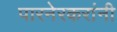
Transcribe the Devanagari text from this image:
पारनेरकरांनी